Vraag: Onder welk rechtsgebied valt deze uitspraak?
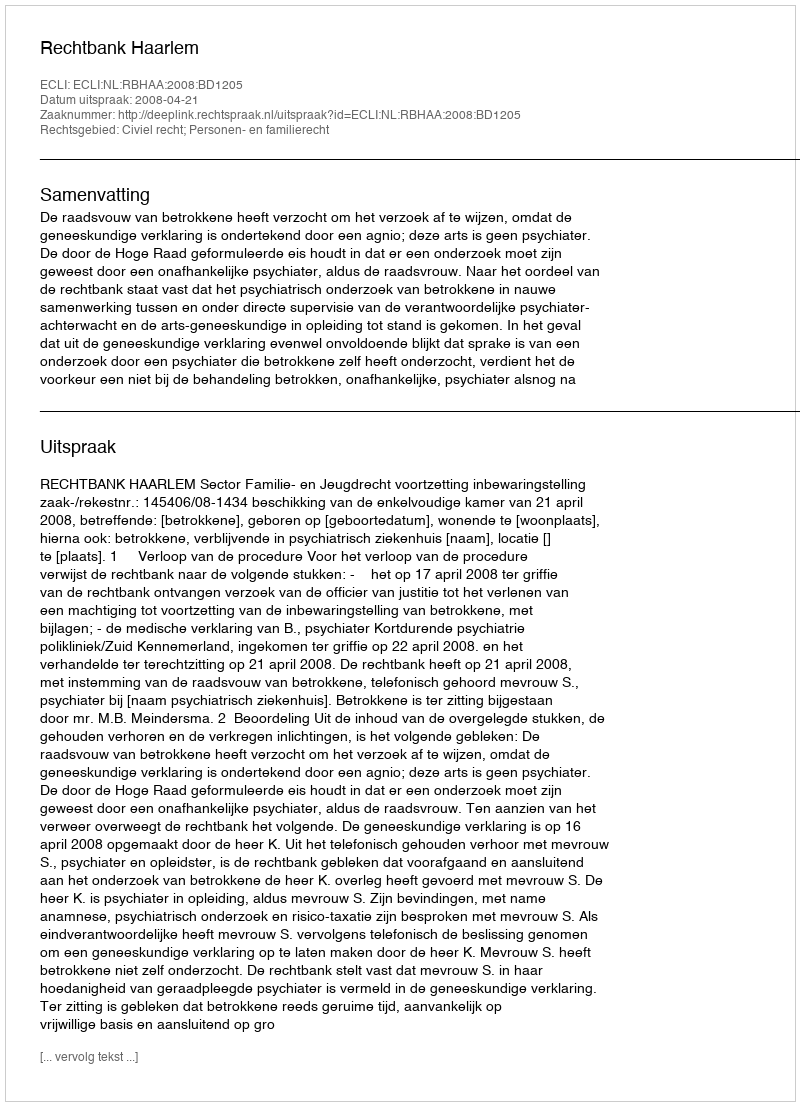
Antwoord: Civiel recht; Personen- en familierecht